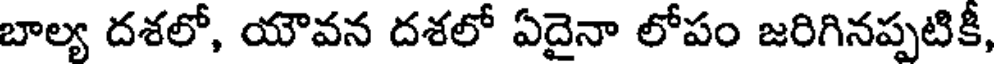
బాల్య దశలో, యౌవన దశలో ఏదైనా లోపం జరిగినప్పటికీ,